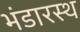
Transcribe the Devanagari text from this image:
भंडारस्थ